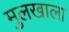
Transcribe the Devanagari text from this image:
मुलखाला